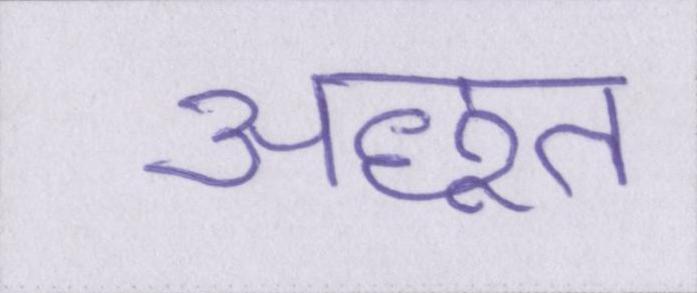
अछूत